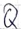
Text: Q